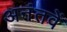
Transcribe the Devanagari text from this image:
अनंतवें